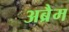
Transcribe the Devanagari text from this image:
अब्रैम